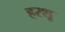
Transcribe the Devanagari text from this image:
हरशू